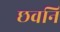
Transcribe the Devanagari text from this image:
छवनि